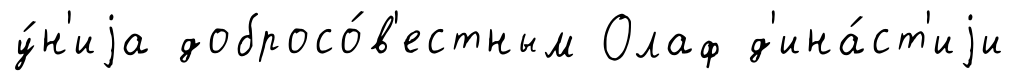
у́н'иjа добросо́в'естным Олаф д'ина́ст'иjи